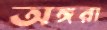
অঙ্গরা